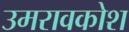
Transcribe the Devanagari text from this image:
उमरावकोश